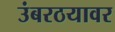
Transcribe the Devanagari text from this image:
उंबरठयावर